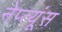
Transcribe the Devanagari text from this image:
नेप्त्यूंस